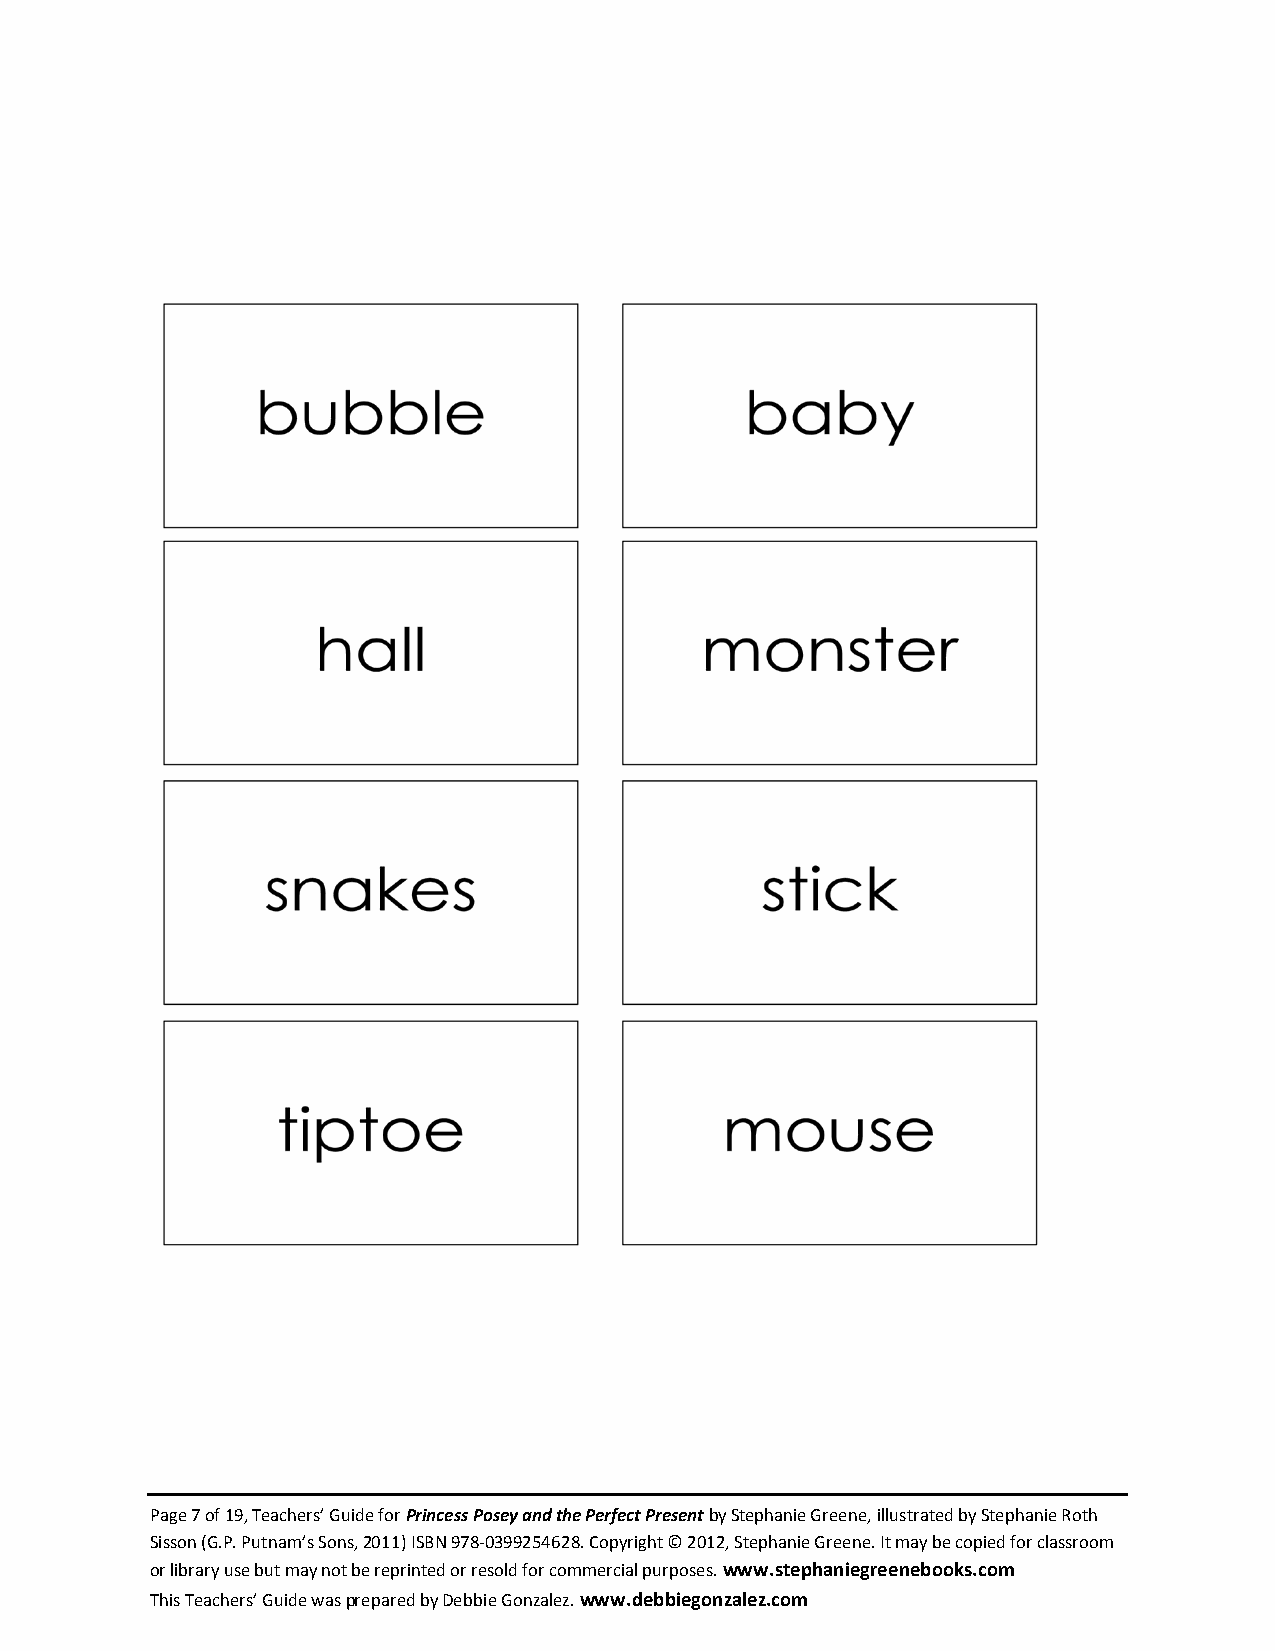
Page 7 of 19, Teachers’ Guide for Princess Posey and the Perfect Present by Stephanie Greene, illustrated by Stephanie Roth
 Sisson (G.P. Putnam’s Sons, 2011) ISBN 978-0399254628. Copyright © 2012, Stephanie Greene. It may be copied for classroom
 or library use but may not be reprinted or resold for commercial purposes. www.stephaniegreenebooks.com
 This Teachers’ Guide was prepared by Debbie Gonzalez. www.debbiegonzalez.com